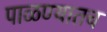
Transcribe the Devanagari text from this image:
पाळण्यातच